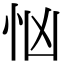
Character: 忷